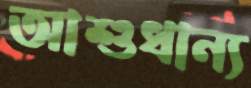
আশুধান্য